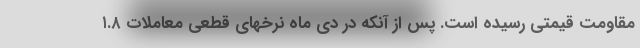
مقاومت قیمتی رسیده است. پس از آنکه در دی ماه نرخهای قطعی معاملات ۱.۸